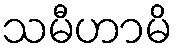
သမီဟာမိ